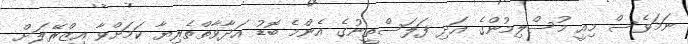
ނަމަވެސް މިއީ މުސްލިމުންގެ އަދި ފަލަސްތީނުގެ އެންމެ ބޮޑު އަދާވާތްތެރިޔާ ކަމަށްވާ އިޒްރޭލަށް